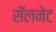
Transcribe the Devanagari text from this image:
सॅलनेट